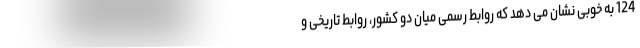
124 به خوبی نشان می دهد که روابط رسمی میان دو کشور، روابط تاریخی و